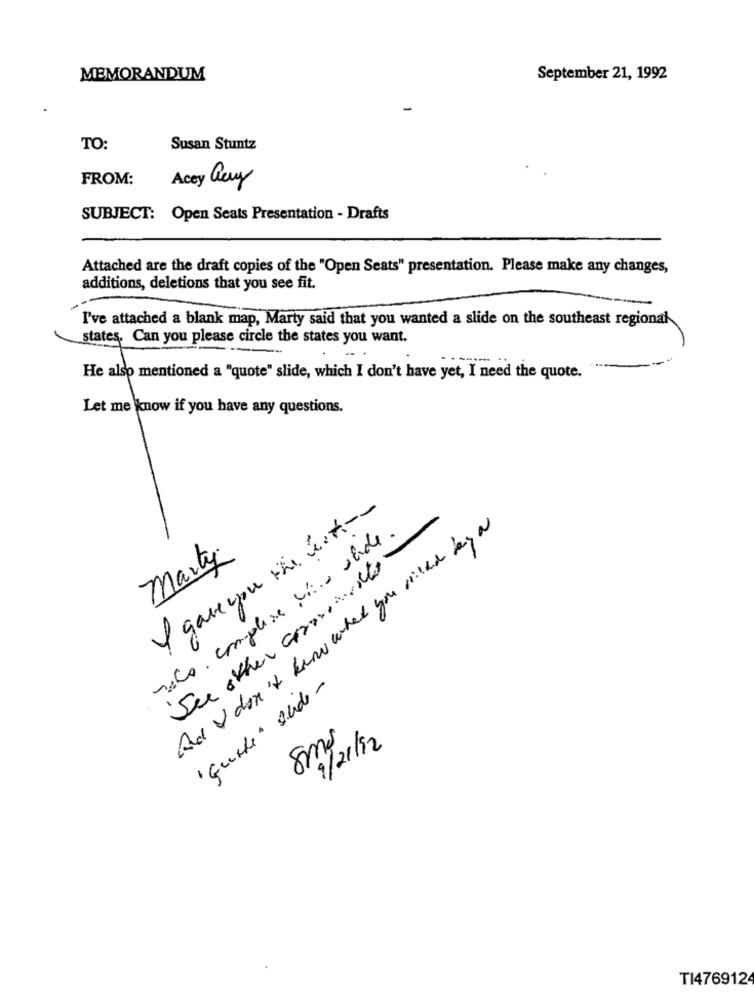
MEMORANDUM
September 21, 1992
TO:
Susan Stuntz
FROM:
Acey Guy
SUBJECT: Open Seats Presentation - Drafts
Attached are the draft copies of the "Open Seats" presentation. Please make any changes,
additions, deletions that you see fit.
I've attached a blank map, Marty said that you wanted a slide on the southeast regional
states. Can you please circle the states you want.
He also mentioned a "quote" slide, which I don't have yet, I need the quote.
Let me know if you have any questions.
I gave you Mis ústí --
roco. complexe via slide.
And I don't know what you willd by a
Marty
See other committe
" Gucke" shde-
8ml
9/21/12
TI476912